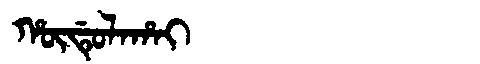
Manchu: ᡥᡡᡩᡠᠯᠠᡥᠠᡳ
Romanization: HŪDULAHAI